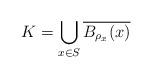
LaTeX: \begin{align*}K = \bigcup_{x \in S} \overline{ B_{\rho_x} (x)}\end{align*}